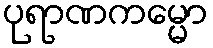
ပုရာဏကမ္မော